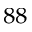
^ { 8 8 }